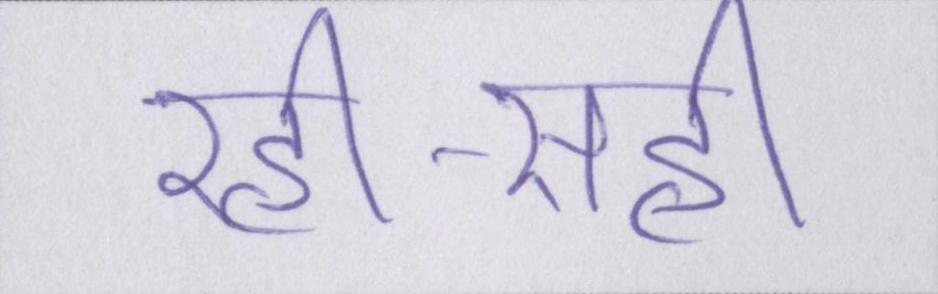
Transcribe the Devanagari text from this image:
रही-सही